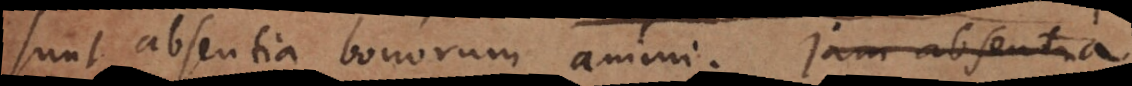
sunt absentia bonorum animi. Jam absentia